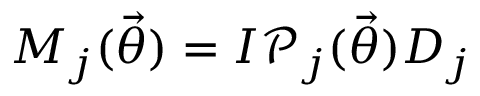
M _ { j } ( \vec { \theta } ) = I \mathcal { P } _ { j } ( \vec { \theta } ) D _ { j }